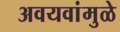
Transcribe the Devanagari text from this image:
अवयवांमुळे